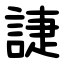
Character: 誱